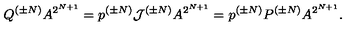
Q ^ { ( \pm N ) } A ^ { 2 ^ { N + 1 } } = p ^ { ( \pm N ) } { \cal J } ^ { ( \pm N ) } A ^ { 2 ^ { N + 1 } } = p ^ { ( \pm N ) } P ^ { ( \pm N ) } A ^ { 2 ^ { N + 1 } } .